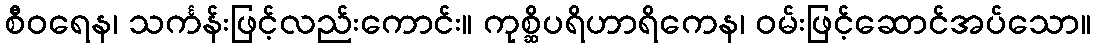
စီဝရေန၊ သင်္ကန်းဖြင့်လည်းကောင်း။ ကုစ္ဆိပရိဟာရိကေန၊ ဝမ်းဖြင့်ဆောင်အပ်သော။